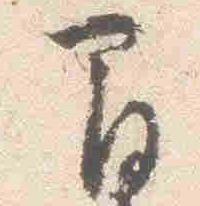
間